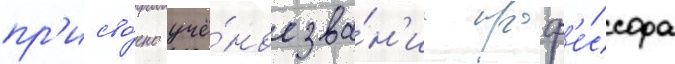
пр'исво́ено учё́ное зва́н'ие проф'е́ссора